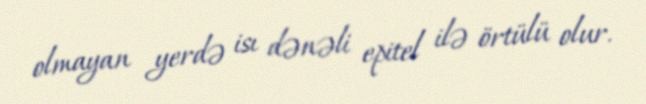
olmayan yerdə isı dənəli epitel ilə örtülü olur.